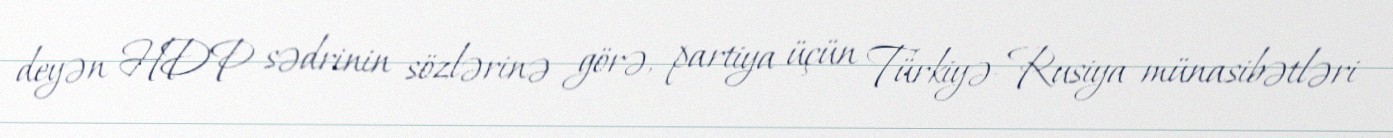
deyən HDP sədrinin sözlərinə görə, partiya üçün Türkiyə-Rusiya münasibətləri